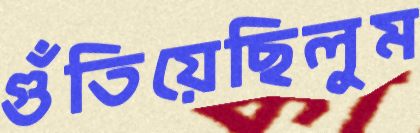
গুঁতিয়েছিলুম